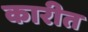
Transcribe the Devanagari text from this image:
कारीत